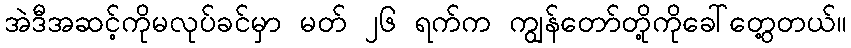
အဲဒီအဆင့်ကိုမလုပ်ခင်မှာ မတ် ၂၆ ရက်က ကျွန်တော်တို့ကိုခေါ်တွေ့တယ်။